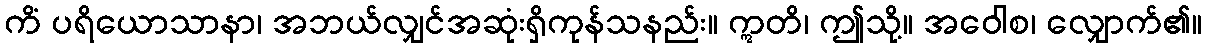
ကိံ ပရိယောသာနာ၊ အဘယ်လျှင်အဆုံးရှိကုန်သနည်း။ ဣတိ၊ ဤသို့။ အဝေါစ၊ လျှောက်၏။